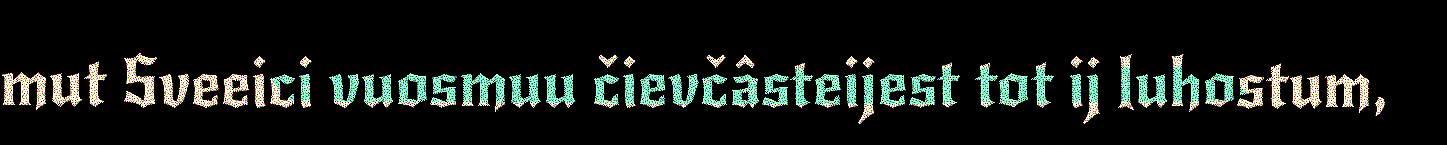
mut Sveeici vuosmuu čievčâsteijest tot ij luhostum,